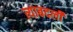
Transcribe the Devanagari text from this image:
त्याबदली